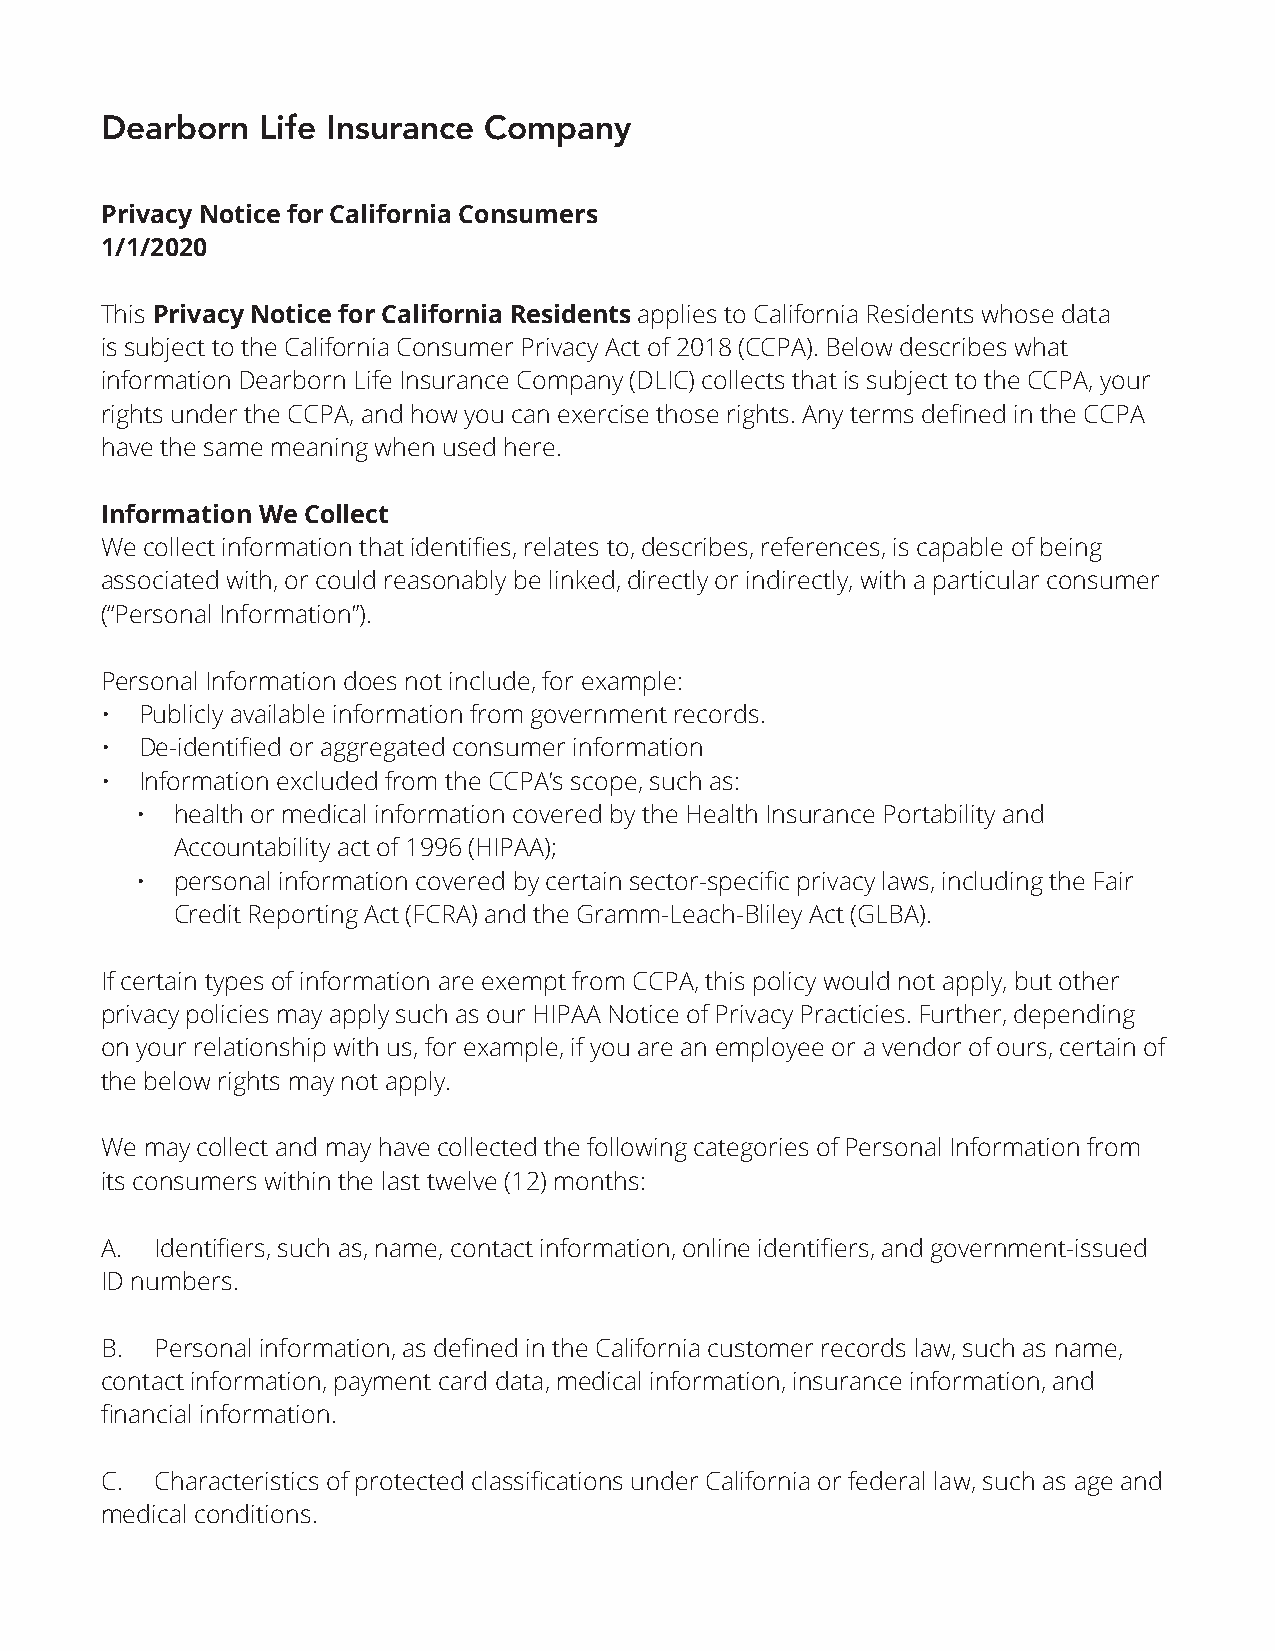
Dearborn  Life Insurance Company
 Privacy Notice for California Consumers
 1/1/2020
 This Privacy Notice for California Residents applies to California Residents whose data
 is subject to the California Consumer Privacy Act of 2018 (CCPA). Below describes what
 information Dearborn Life Insurance Company (DLIC) collects that is subject to the CCPA, your
 rights under the CCPA, and how you can exercise those rights. Any terms defined in the CCPA
 have the same meaning when used here.
 Information We Collect
 We collect information that identifies, relates to, describes, references, is capable of being
 associated with, or could reasonably be linked, directly or indirectly, with a particular consumer
 (“Personal Information”).
 Personal Information does not include, for example:
 • Publicly available information from government records.
 • De-identified or aggregated consumer information
 • Information excluded from the CCPA’s scope, such as:
 •  health or medical information covered by the Health Insurance Portability and
 Accountability act of 1996 (HIPAA);
 •  personal information covered by certain sector-specific privacy laws, including the Fair
 Credit Reporting Act (FCRA) and the Gramm-Leach-Bliley Act (GLBA).
 If certain types of information are exempt from CCPA, this policy would not apply, but other
 privacy policies may apply such as our HIPAA Notice of Privacy Practicies. Further, depending
 on your relationship with us, for example, if you are an employee or a vendor of ours, certain of
 the below rights may not apply.
 We may collect and may have collected the following categories of Personal Information from
 its consumers within the last twelve (12) months:
 A. Identifiers, such as, name, contact information, online identifiers, and government-issued
 ID numbers.
 B. Personal information, as defined in the California customer records law, such as name,
 contact information, payment card data, medical information, insurance information, and
 financial information.
 C. Characteristics of protected classifications under California or federal law, such as age and
 medical conditions.